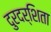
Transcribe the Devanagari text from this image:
दुरदर्शिता